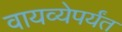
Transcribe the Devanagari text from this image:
वायव्येपर्यंत